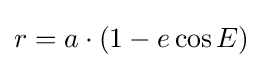
r=a\cdot (1-e\cos E)